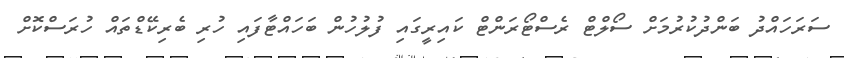
ސަރަހައްދު ބަންދުކުރުމަށް ސޯލްޓް ރެސްޓޯރަންޓް ކައިރީގައި ފުލުހުން ބަހައްޓާފައި ހުރި ބެރިކޭޑްތައް ހުރަސްކޮށް